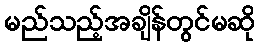
မည်သည့်အချိန်တွင်မဆို